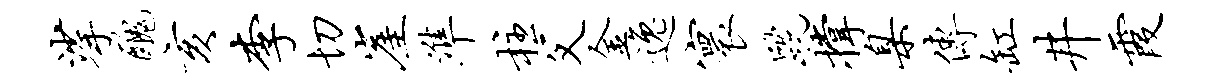
挲丑亥李切崖准柱父金逸寰跣撑臬传缸井霞